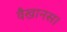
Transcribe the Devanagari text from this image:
वैखानस।